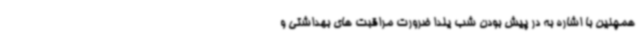
همچنین با اشاره به در پیش بودن شب یلدا ضرورت مراقبت های بهداشتی و